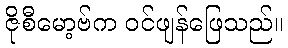
ဇိုစီမော့ဗ်က ဝင်ဖျန်ဖြေသည်။